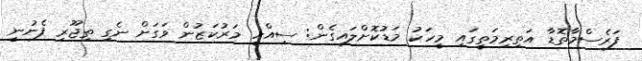
ފަރެސްމާތޮޑާ އަތިރިމަތީގައި މީހަކު މަޑުކޮށްލައިގެން: ސިއްހީ މަރުކަޒުން ވަގަށް ނެގި ތިޖޫރި ފެނުނީ